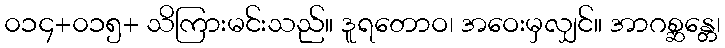
၀၁၄+၀၁၅+ သိကြားမင်းသည်။ ဒူရတောဝ၊ အဝေးမှလျှင်။ အာဂစ္ဆန္တေ၊